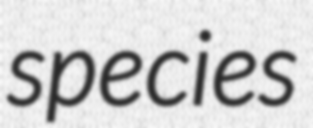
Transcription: species